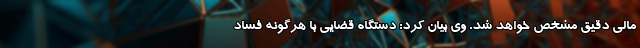
مالی دقیق مشخص خواهد شد. وی بیان کرد: دستگاه قضایی با هرگونه فساد